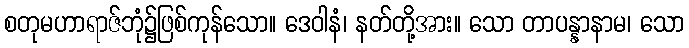
စတုမဟာရာဇ်ဘုံ၌ဖြစ်ကုန်သော။ ဒေဝါနံ၊ နတ်တို့အား။ သော တာပန္နာနာမ၊ သော